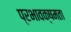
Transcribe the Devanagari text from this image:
प्रभावक्षमता